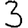
Digit: 3